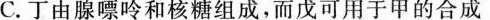
C.丁由腺嘌呤和核糖组成，而戊可用于甲的合成